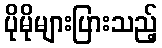
ပိုမိုများပြားသည့်